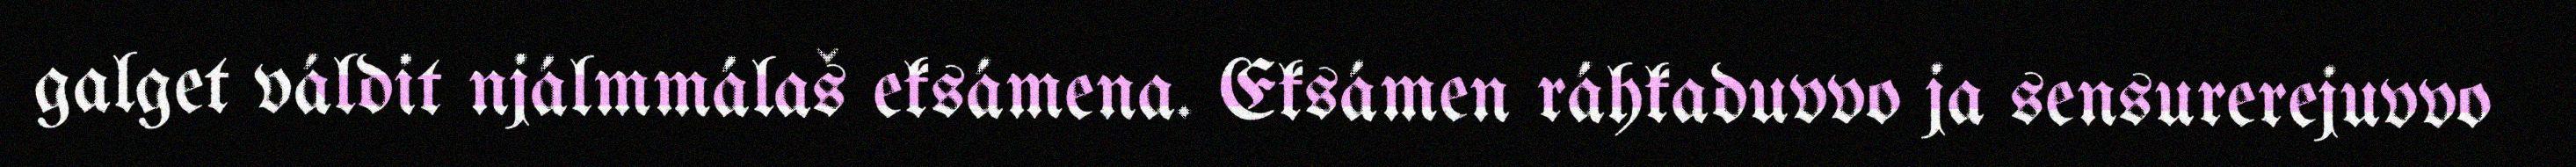
galget váldit njálmmálaš eksámena. Eksámen ráhkaduvvo ja sensurerejuvvo